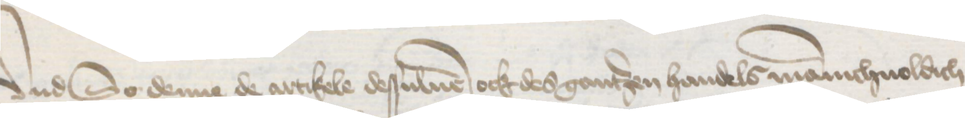
Vnd So denne de artikele desuluen ock des gantzen handels manichuoldich